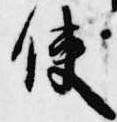
使